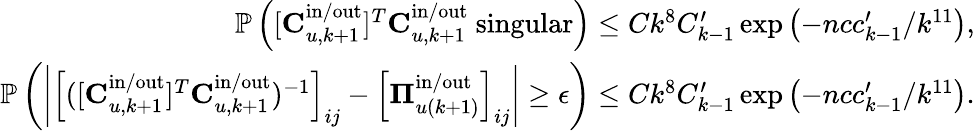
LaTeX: \begin{array}{r}{\mathbb{P}\left([\mathbf{C}_{u,k+1}^{\mathrm{in}/\mathrm{out}}]^{T}\mathbf{C}_{u,k+1}^{\mathrm{in}/\mathrm{out}}\mathrm{~singular}\right)\leq Ck^{8}C_{k-1}^{\prime}\exp\left(-ncc_{k-1}^{\prime}/k^{11}\right),}\\ {\mathbb{P}\left(\left|\left[([\mathbf{C}_{u,k+1}^{\mathrm{in}/\mathrm{out}}]^{T}\mathbf{C}_{u,k+1}^{\mathrm{in}/\mathrm{out}})^{-1}\right]_{ij}-\left[\boldsymbol{\Pi}_{u(k+1)}^{\mathrm{in}/\mathrm{out}}\right]_{ij}\right|\geq\epsilon\right)\leq Ck^{8}C_{k-1}^{\prime}\exp\left(-ncc_{k-1}^{\prime}/k^{11}\right).}\end{array}